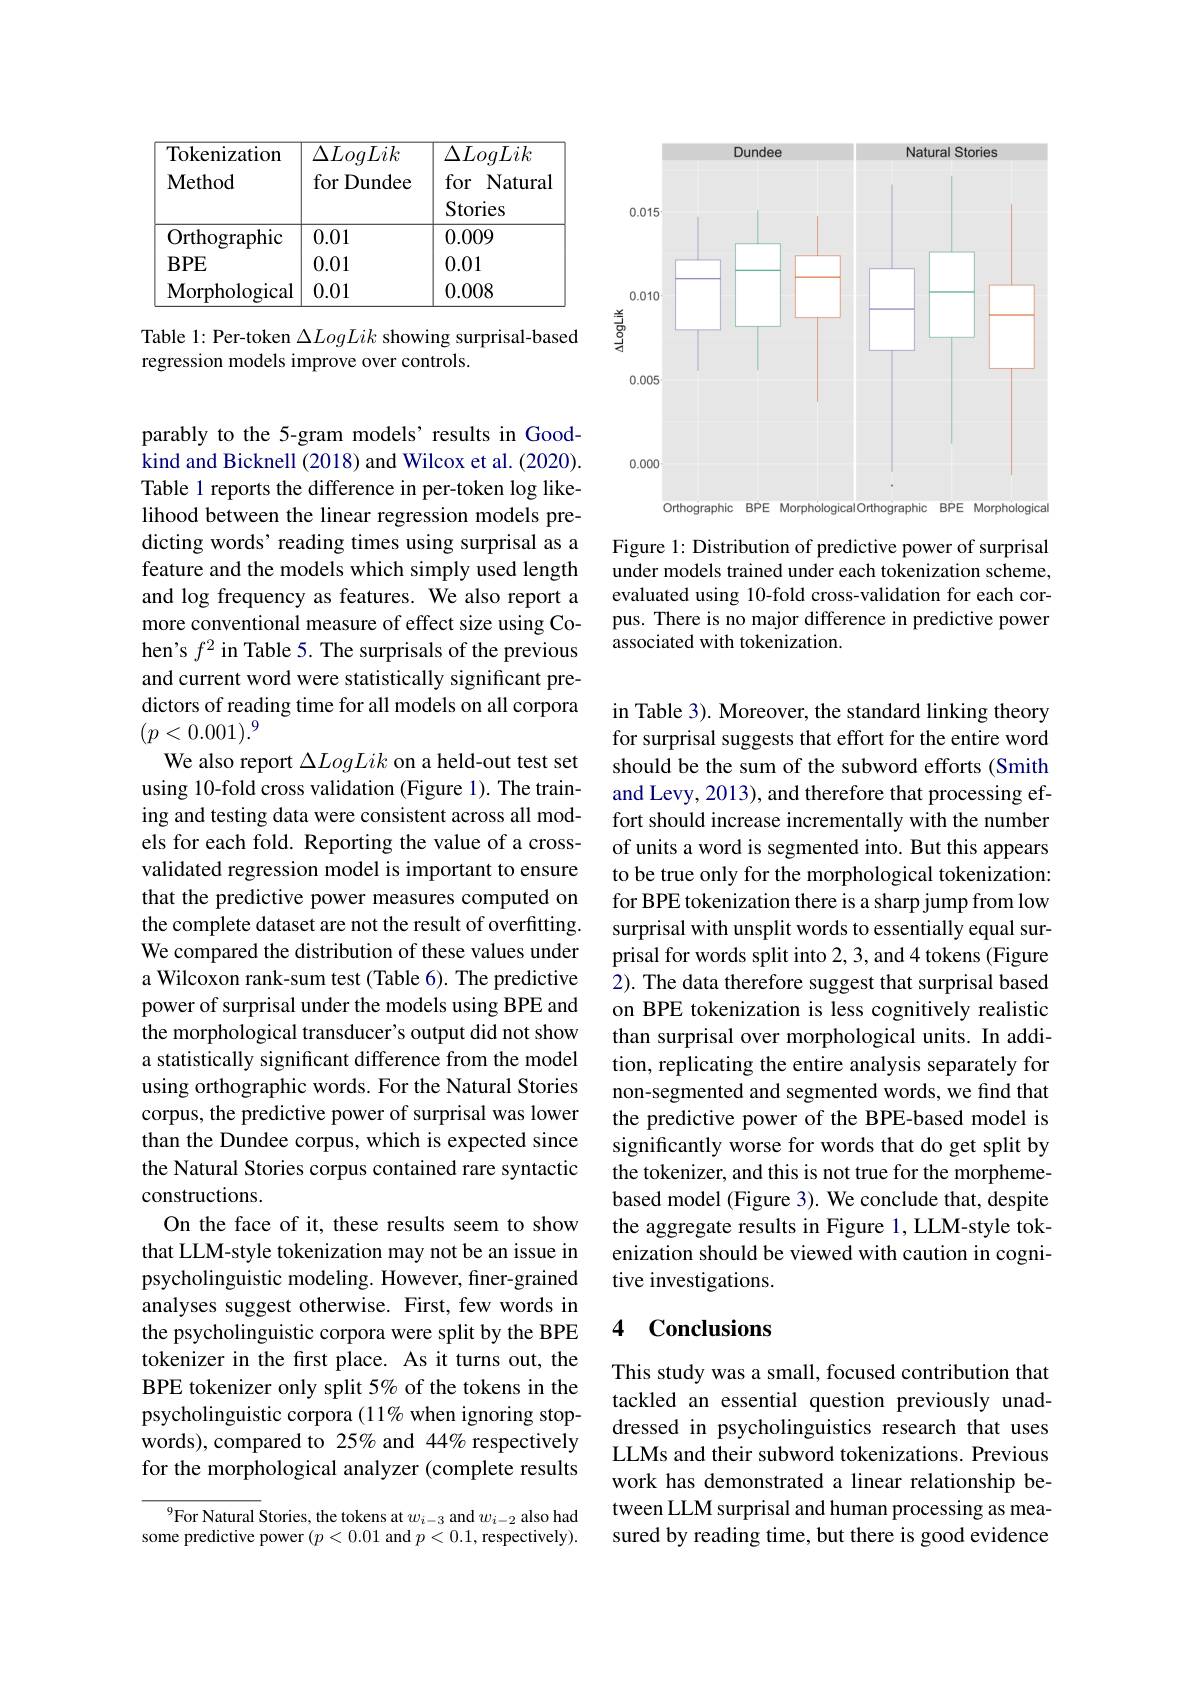
<table>
	<tbody>
		<tr>
			<th>Tokenization $\mathbf{Method}$</th>
			<th>${\overline{\Delta LogLik}}$ for Dundee 1 1</th>
			<th>$\Delta LogLik$ for Natural Stories</th>
		</tr>
		<tr>
			<td>Orthographic</td>
			<td>0.01</td>
			<td>0.009</td>
		</tr>
		<tr>
			<td>$BPE$</td>
			<td>0.01</td>
			<td>0.01</td>
		</tr>
		<tr>
			<td>Morphological</td>
			<td>0.01</td>
			<td>0.008</td>
		</tr>
	</tbody>
</table>

Table 1: Per-token $\Delta LogLik$ showing surprisal-based
regression models improve over controls.

parably to the 5-gram models’results in Goodkind and Bicknell (2018) and Wilcox et al. (2020). Table 1 reports the difference in per-token log likelihood between the linear regression models predicting words' reading times using surprisal as a feature and the models which simply used length and log frequency as features. We also report a more conventional measure of effect size using Cohen's $f^2$ in Table 5. The surprisals of the previous and current word were statistically significant predictors of reading time for all models on all corpora $(p<0.001).^9$
We also report $\Delta LogLik$ on a held-out test set using 10-fold cross validation (Figure 1). The training and testing data were consistent across all models for each fold. Reporting the value of a crossvalidated regression model is important to ensure that the predictive power measures computed on the complete dataset are not the result of overfitting. We compared the distribution of these values under a Wilcoxon rank-sum test (Table 6). The predictive power of surprisal under the models using BPE and the morphological transducer's output did not show a statistically significant difference from the model using orthographic words. For the Natural Stories corpus, the predictive power of surprisal was lower than the Dundee corpus, which is expected since the Natural Stories corpus contained rare syntactic constructions.
On the face of it, these results seem to show that LLM-style tokenization may not be an issue in psycholinguistic modeling. However, finer-grained analyses suggest otherwise. First, few words in the psycholinguistic corpora were split by the BPE tokenizer in the first place. As it turns out, the BPE tokenizer only split 5% of the tokens in the psycholinguistic corpora (11% when ignoring stopwords),compared to 25% and 44% respectively for the morphological analyzer (complete results
$^{9}$For Natural Stories, the tokens at $w_i-3$ and $w_{i-2}$ also had

some predictive power $(p<0.01$ and $p<0.1$,respectively).

<FigureHere>

Figure 1: Distribution of predictive power of surprisal under models trained under each tokenization scheme, evaluated using 10-fold cross-validation for each corpus. There is no major difference in predictive power associated with tokenization.

in Table 3). Moreover, the standard linking theory for surprisal suggests that effort for the entire word should be the sum of the subword efforts (Smith and Levy, 2013), and therefore that processing effort should increase incrementally with the number of units a word is segmented into. But this appears to be true only for the morphological tokenization: for BPE tokenization there is a sharp jump from low surprisal with unsplit words to essentially equal surprisal for words split into 2, 3, and 4 tokens (Figure 2). The data therefore suggest that surprisal based on BPE tokenization is less cognitively realistic than surprisal over morphological units. In addition, replicating the entire analysis separately for non-segmented and segmented words, we find that the predictive power of the BPE-based model is significantly worse for words that do get split by the tokenizer, and this is not true for the morphemebased model (Figure 3). We conclude that, despite the aggregate results in Figure 1, LLM-style tokenization should be viewed with caution in cognitive investigations.

## 4 Conclusions

This study was a small, focused contribution that tackled an essential question previously unaddressed in psycholinguistics research that uses LLMs and their subword tokenizations. Previous work has demonstrated a linear relationship between LLM surprisal and human processing as measured by reading time, but there is good evidence